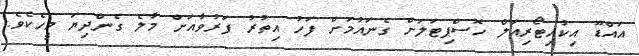
އައްޑޫ އިކުއިޓޯރިއަލް ހޮސްޕިޓަލަށް ގެނައުމަށް ފަހު އިތުރު ފަރުވާއަށް މާލެ ގެންދިޔަ މީހެކެވެ.